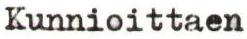
Kunnioittaen